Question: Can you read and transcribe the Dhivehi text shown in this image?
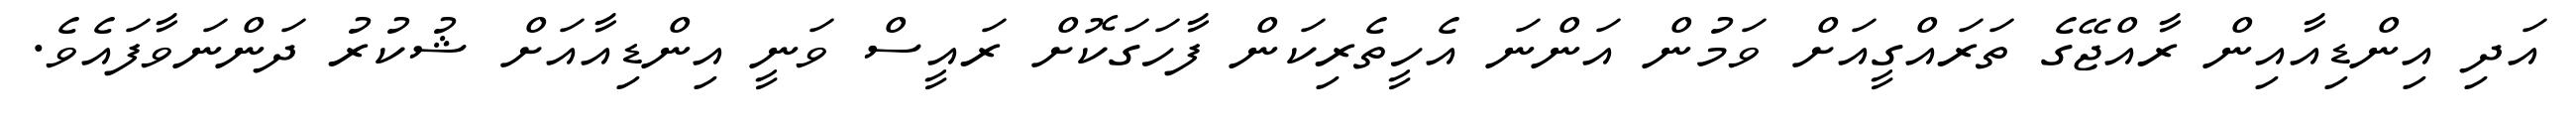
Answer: އަދި އިންޑިއާއިން ރާއްޖޭގެ ތަރައްގީއަށް ވަމުން އަންނަ އެހީތެރިކަން ފާހަގަކޮށް ރައީސް ވަނީ އިންޑިއާއަށް ޝުކުރު ދަންނަވާފައެވެ.